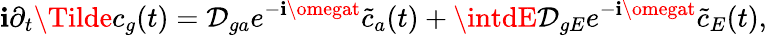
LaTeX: \mathbf{i}\partial_{t}\Tilde{c}_{g}(t)=\mathcal{{D}}_{ga}e^{-\mathbf{i}\omegat}\tilde{{c}}_{a}(t)+\intdE\mathcal{{D}}_{gE}e^{-\mathbf{i}\omegat}\tilde{{c}}_{E}(t),